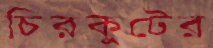
চিরকুটের